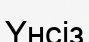
Үнсіз